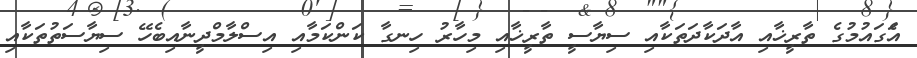
އެަގައުމުގެ ތާރީޚާއި އާދަކާދަތަކާއި ސިޔާސީ ތާރީޚާއި މިހާރު ހިނގާ ކަންކަމާއި އިސްލާމްދީނާއިބެހޭ ސިޔާސަތުތަކާއި